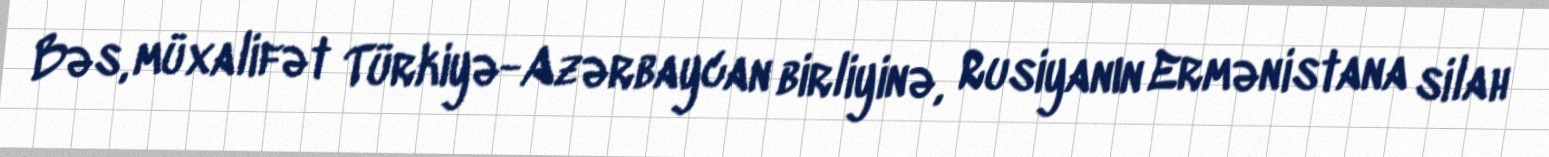
Bəs, müxalifət Türkiyə-Azərbaycan birliyinə, Rusiyanın Ermənistana silah